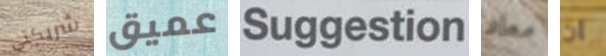
شريكتي عميق Suggestion معاد ان